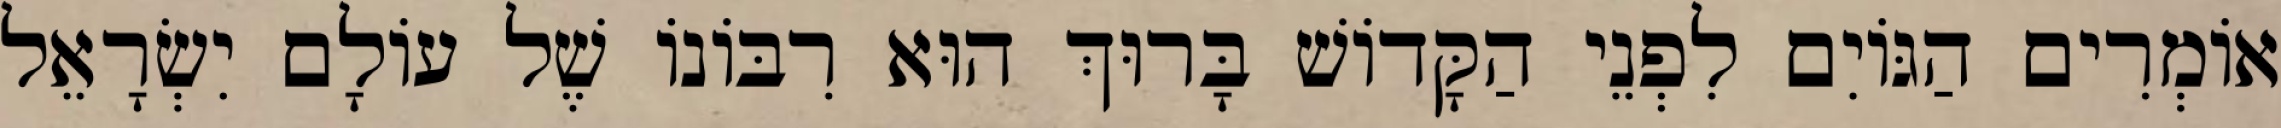
אוֹמְרִים הַגּוֹיִם לִפְנֵי הַקָּדוֹשׁ בָּרוּךְ הוּא רִבּוֹנוֹ שֶׁל עוֹלָם יִשְׂרָאֵל